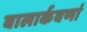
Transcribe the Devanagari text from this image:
बालार्कवणां